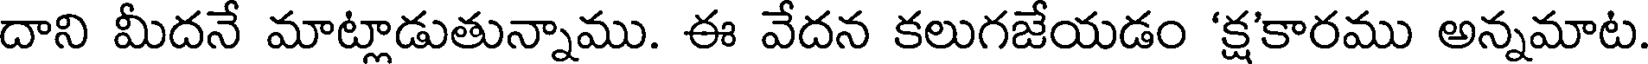
దాని మీదనే మాట్లాడుతున్నాము. ఈ వేదన కలుగజేయడం 'క్ష'కారము అన్నమాట